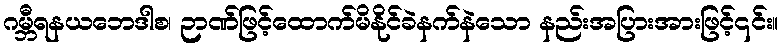
ဂမ္ဘီရနယဘေဒါစ၊ ဉာဏ်ဖြင့်ထောက်မိနိုင်ခဲနက်နဲသော နည်းအပြားအားဖြင့်၎င်း။